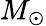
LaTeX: M_{\odot}